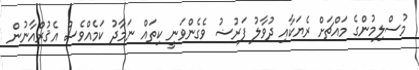
މުސްލިމުންގެ މައްޗަށް ރެޔަކާއި ދުވާލު ފަރުޟު ވެގެންވަނީ ކިތައް ނަމާދު ކަމެއްވެސް އެޤުރްއާނުން